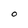
Character: O